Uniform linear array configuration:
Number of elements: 8
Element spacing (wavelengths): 0.5
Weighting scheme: blackman
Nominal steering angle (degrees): -45
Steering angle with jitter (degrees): -44.326
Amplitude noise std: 0.05
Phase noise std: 0.05

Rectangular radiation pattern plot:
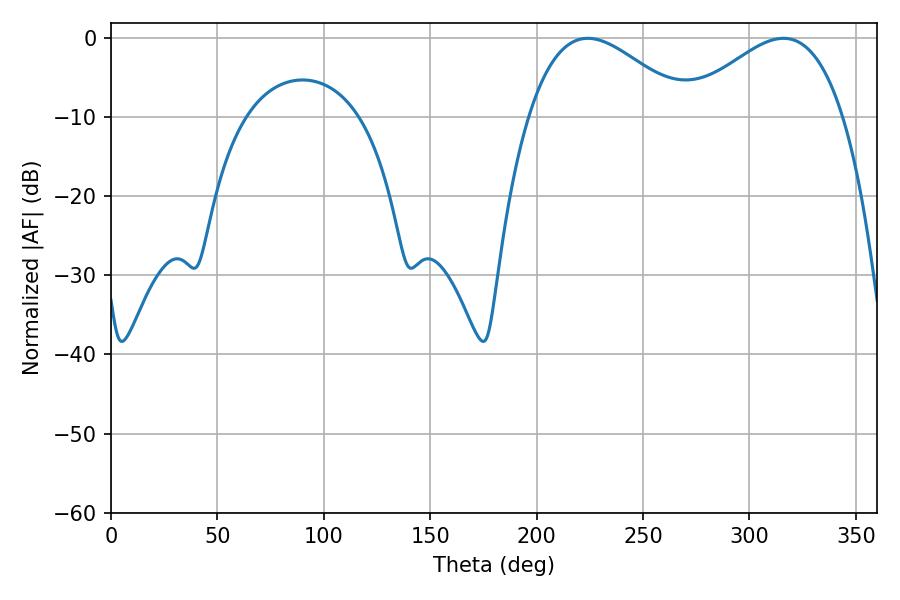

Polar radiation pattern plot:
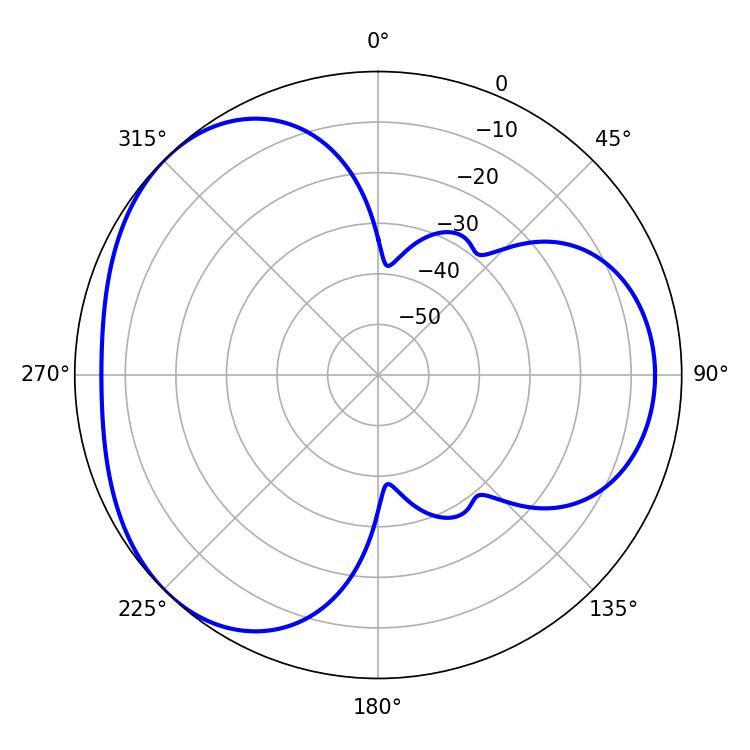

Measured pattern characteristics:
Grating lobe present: FALSE
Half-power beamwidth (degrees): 40.5
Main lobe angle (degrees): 224.1